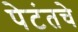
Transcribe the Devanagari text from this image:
पेटंतचे